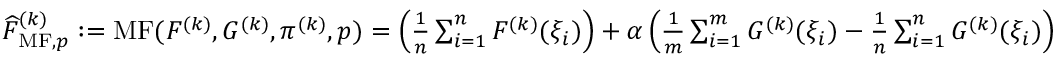
\begin{array} { r } { \widehat { F } _ { \mathrm { M F } , p } ^ { ( k ) } : = \operatorname { M F } ( F ^ { ( k ) } , G ^ { ( k ) } , \pi ^ { ( k ) } , p ) = \left( \frac { 1 } { n } \sum _ { i = 1 } ^ { n } F ^ { ( k ) } ( \xi _ { i } ) \right) + \alpha \left( \frac { 1 } { m } \sum _ { i = 1 } ^ { m } G ^ { ( k ) } ( \xi _ { i } ) - \frac { 1 } { n } \sum _ { i = 1 } ^ { n } G ^ { ( k ) } ( \xi _ { i } ) \right) } \end{array}